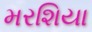
મરશિયા